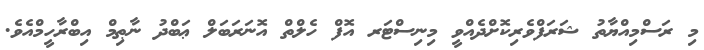
މި ރަސްމިއްޔާތު ޝަރަފްވެރިކޮށްދެއްވީ މިނިސްޓަރ އޮފް ހެލްތް އޮނަރަބަލް ޢަބްދު ނާޠިމް އިބްރާހީމްއެވެ.